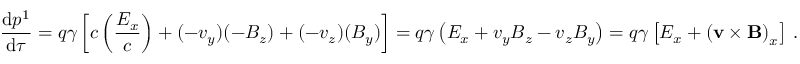
{ \frac { \mathrm { d } p ^ { 1 } } { \mathrm { d } \tau } } = q \gamma \left[ c \left( { \frac { E _ { x } } { c } } \right) + ( - v _ { y } ) ( - B _ { z } ) + ( - v _ { z } ) ( B _ { y } ) \right] = q \gamma \left( E _ { x } + v _ { y } B _ { z } - v _ { z } B _ { y } \right) = q \gamma \left[ E _ { x } + \left( \mathbf { v } \times \mathbf { B } \right) _ { x } \right] \, .